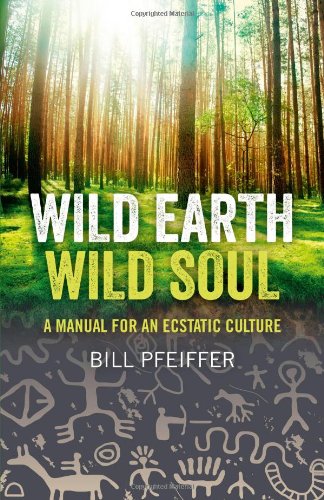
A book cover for Wild Earth, Wild Soul: A Manual for an Ecstatic Culture; Bill Pfeiffer; Religion & Spirituality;